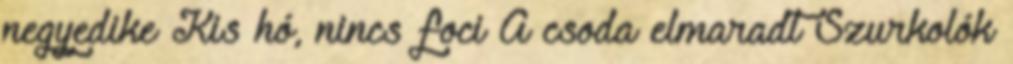
negyedike Kis hó, nincs foci A csoda elmaradt Szurkolók